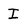
Character: I